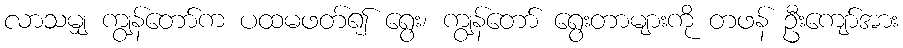
လာသမျှ ကျွန်တော်က ပထမဖတ်၍ ရွေး၊ ကျွန်တော် ရွေးတာများကို တဖန် ဦးကျော်အား